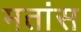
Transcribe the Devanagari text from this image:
मतांस